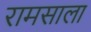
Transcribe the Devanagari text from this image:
रामसाला